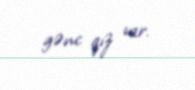
gənc qız var.